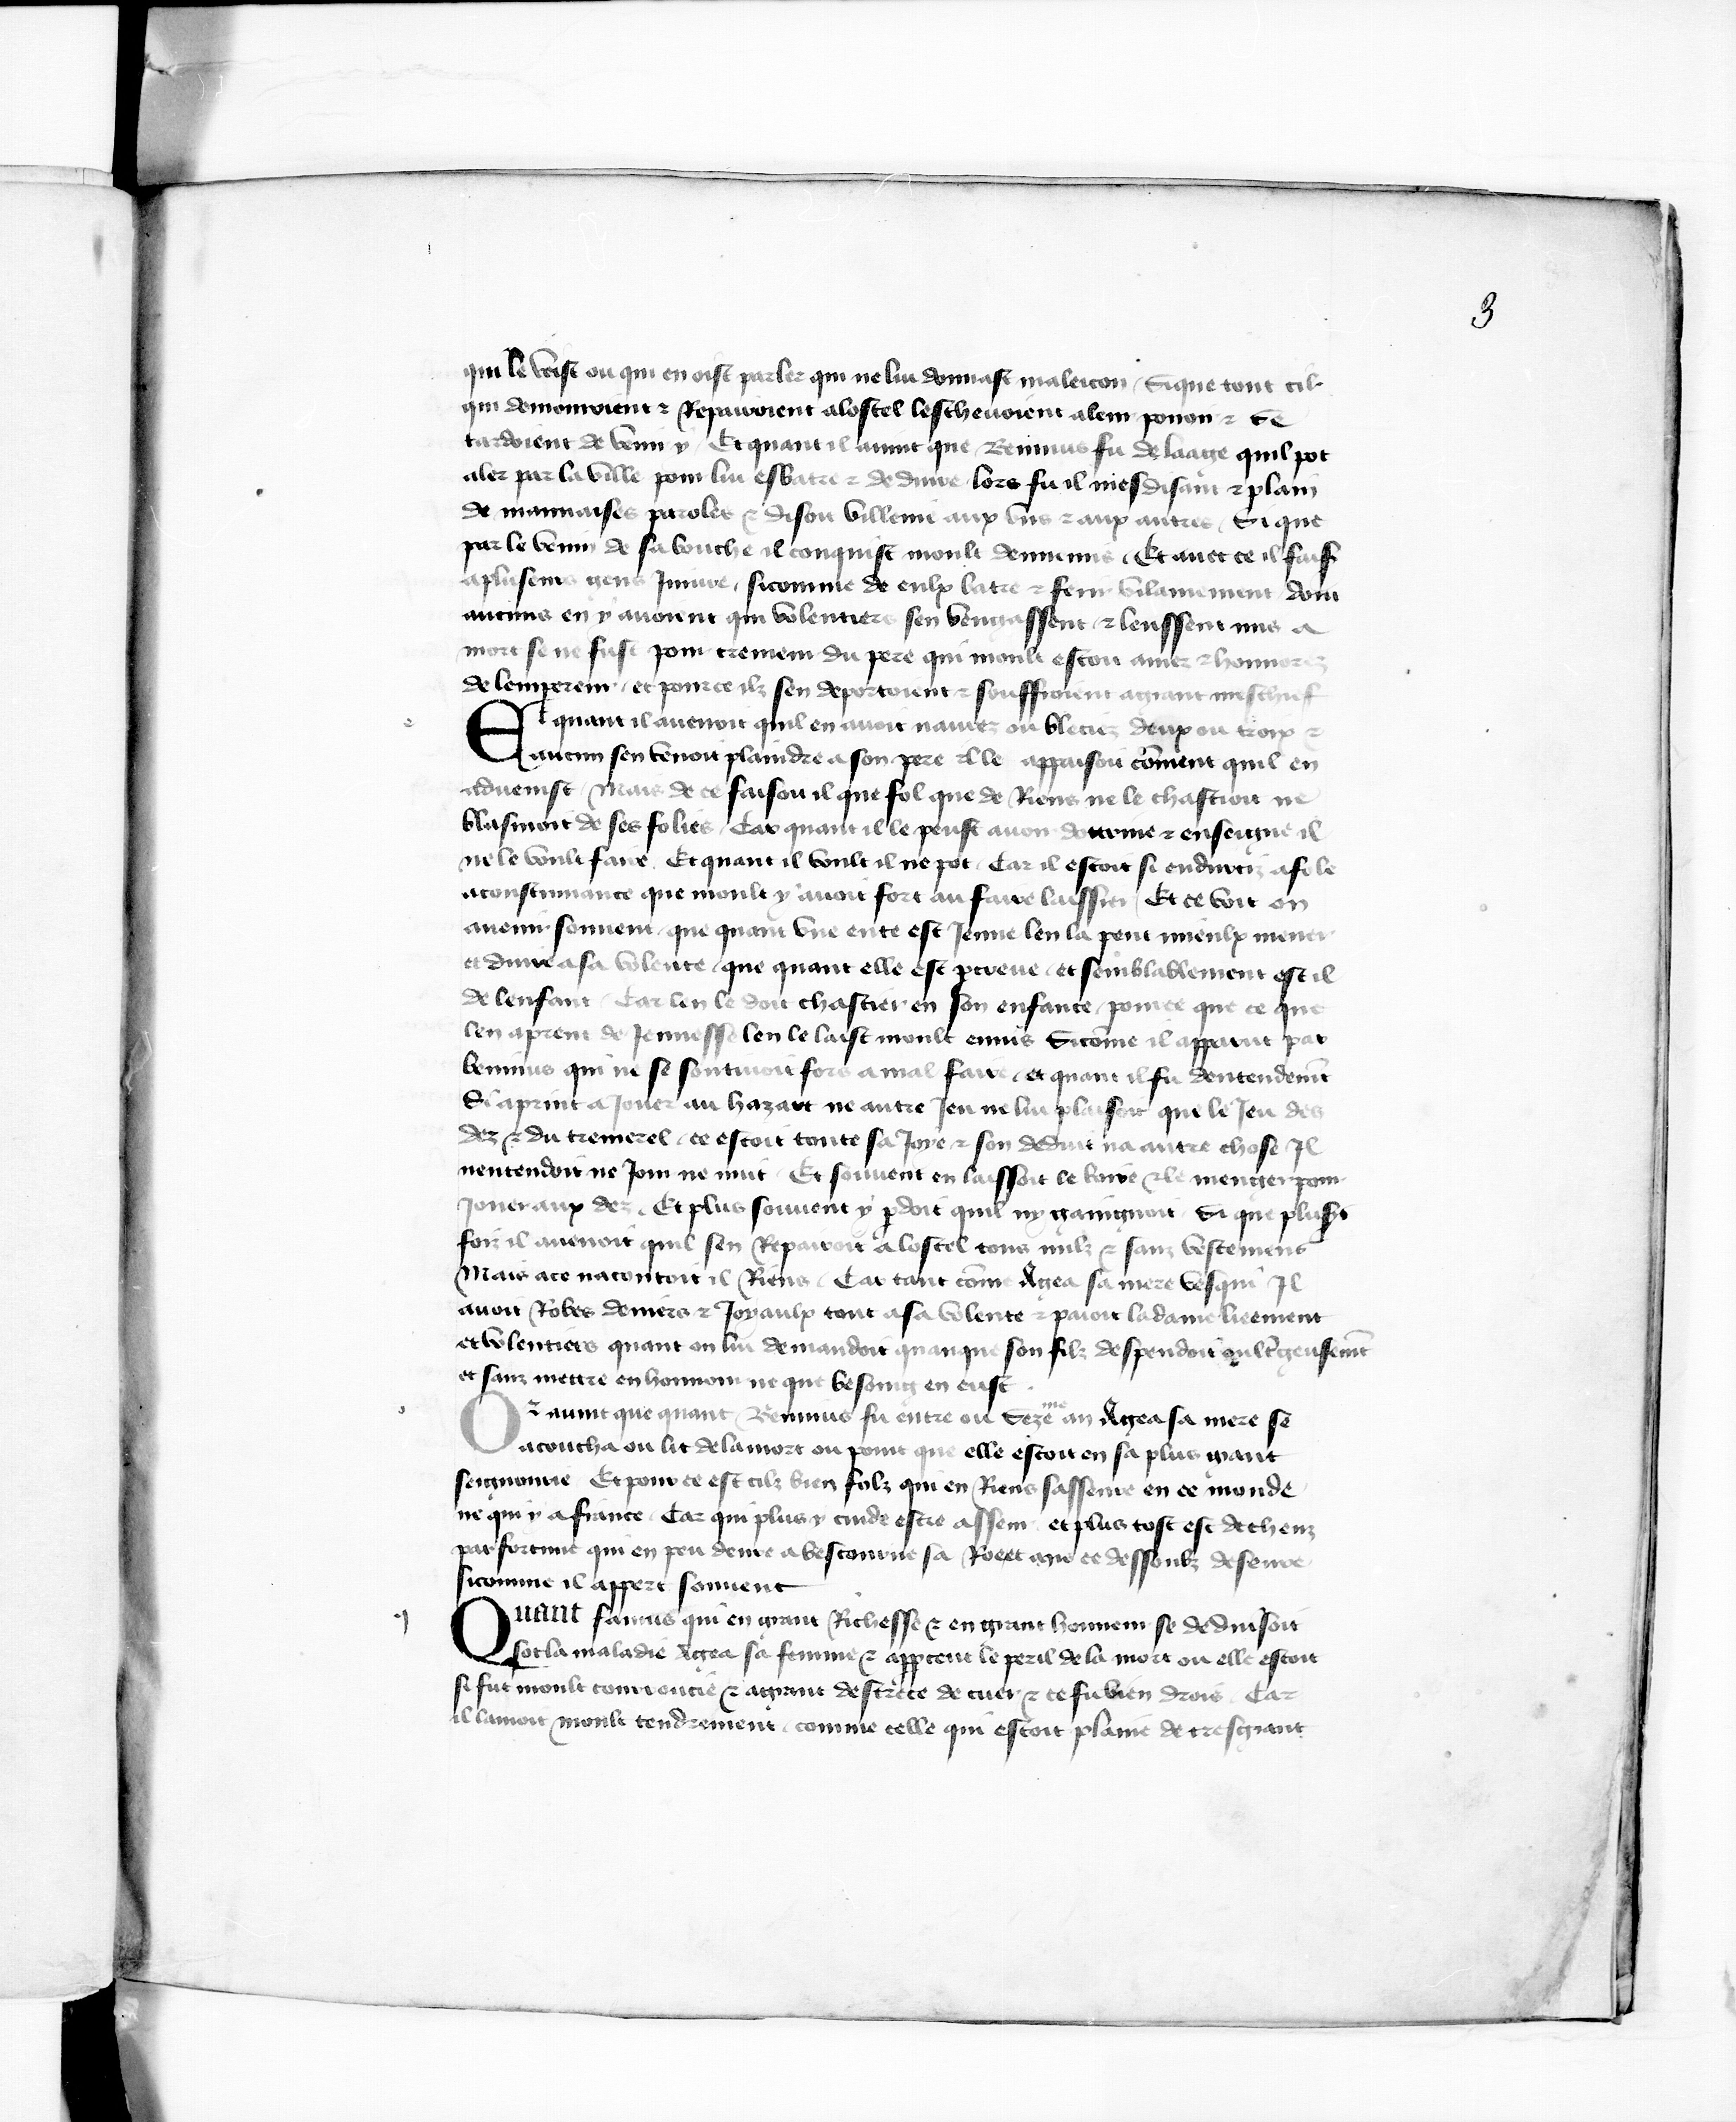
Shelfmark: Paris, BnF, fr. 777
Century: 15